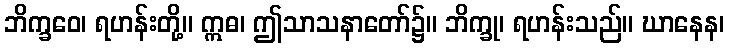
ဘိက္ခဝေ၊ ရဟန်းတို့။ ဣဓ၊ ဤသာသနာတော်၌။ ဘိက္ခု၊ ရဟန်းသည်။ ဃာနေန၊